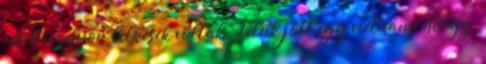
akik nagyon lelkesek voltak. Velük jött egy vietnámi hölgy,